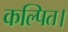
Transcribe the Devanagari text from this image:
कल्पित।